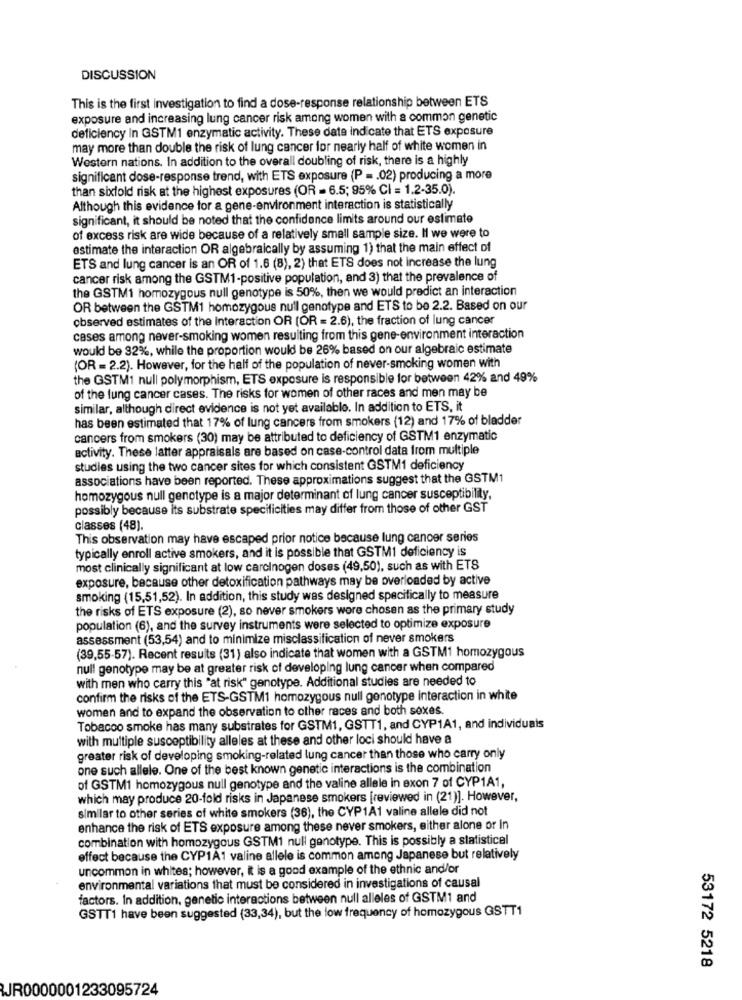
DISCUSSION
This is the first investigation to find a dose-response relationship between ETS
exposure and increasing lung cancer risk among women with a common genetic
deficiency In GSTM1 enzymatic activity. These date indicate that ETS exposure
may more than double the risk of lung cancer for nearly half of white women in
Western nations. In addition to the overall doubling of risk, there is a highly
significant dose-response trend, with ETS exposure (P = . 02) producing a more
than sixfold risk at the highest exposures (OR = 6.5; 95% CI = 1.2-35.0).
Although this evidence for a gene-environment interaction is statistically
significant, it should be noted that the confidence limits around our estimate
of excess risk are wide because of a relatively small sample size. Il we were to
estimate the interaction OR algebraically by assuming 1) that the main effect of
ETS and lung cancer is an OR of 1.6 (8), 2) that ETS does not increase the lung
cancer risk among the GSTM1-positive population, and 3) that the prevalence of
the GSTM1 homozygous null genotype is 50%, then we would predict an interaction
OR between the GSTM1 homozygous null genotype and ETS to be 2.2. Based on our
observed estimates of the interaction OR (OR = 2.6), the fraction of lung cancer
cases among never-smoking women resulting from this gene-environment interaction
would be 92%, while the proportion would be 26% based on our algebraic estimate
(OR = 2.2). However, for the half of the population of never-smoking women with
the GSTM1 null polymorphism, ETS exposure is responsible for between 42% and 49%
of the lung cancer cases. The risks for women of other races and men may be
similar, although direct evidence is not yet available. In addition to ETS, it
has been estimated that 17% of lung cancers from smokers (12) and 17% of bladder
cancers from smokers (30) may be attributed to deficiency of GSTM1 enzymatic
activity. These latter appraisals are based on case-control data from multiple
studies using the two cancer sites for which consistent GSTM1 deficiency
associations have been reported. These approximations suggest that the GSTM1
homozygous null genotype is a major determinant of lung cancer susceptibility,
possibly because its substrate specificities may differ from those of other GST
classes (48).
This observation may have escaped prior notice because lung cancer series
typically enroll active smokers, and it is possible that GSTM1 deficiency is
most clinically significant at low carcinogen doses (49,50), such as with ETS
exposure, because other detoxification pathways may be overloaded by active
smoking (15,51,52). In addition, this study was designed specifically to measure
the risks of ETS exposure (2), so never smokers wore chosen as the primary study
population (6), and the survey instruments were selected to optimize exposure
assessment (53,54) and to minimize misclassification of never smokers
(39,55-57). Recent results (31) also indicate that women with a GSTM1 homozygous
null genotype may be at greater risk of developing lung cancer when compared
with men who carry this "at risk" genotype. Additional studies are needed to
confirm the risks of the ETS-GSTM1 homozygous null genotype interaction in white
women and to expand the observation to other races and both soxes.
Tobacco smoke has many substrates for GSTM1, GSTT1, and CYP1A1, and individuals
with multiple susceptibility alleles at these and other loci should have a
greater risk of developing smoking-related lung cancer than those who carry only
one such allele. One of the best known genetic interactions is the combination
of GSTM1 homozygous null genotype and the valine allele in exon 7 of CYP1A1,
which may produce 20-fold risks in Japanese smokers [reviewed in (21)]. However,
similar to other series of white smokers (36), the CYP1A1 valine allele did not
enhance the risk of ETS exposure among these never smokers, either alone or In
combination with homozygous GSTM1 null genotype. This is possibly a statistical
effect because the CYP1A1 valine allele is common among Japanese but relatively
uncommon in whites; however, it is a good example of the ethnic and/or
environmental variations that must be considered in investigations of causal
factors. In addition, genetic interactions between null alleles of GSTM1 and
GSTT1 have been suggested (33,34), but the low frequency of homozygous GSTT1
53172 5218
JR0000001233095724